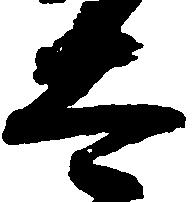
太